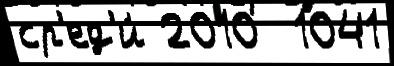
ср'ед'и́ 2010  1041